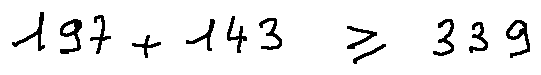
1 9 7 + 1 4 3 \geq 3 3 9